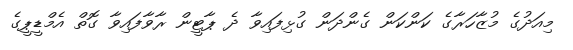
މިއަދުގެ މުޒާހަރާގެ ކަންކަން ގެންދަން ގުޅިފައިވާ ދެ ޕާޓީން ރާވާފައިވާ ގޮތް އެމްޑީޕީގެ